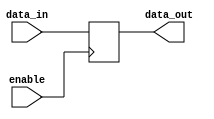
module io_block_non_inverting_buffer (
    input wire data_in,
    input wire enable,
    output reg data_out
);

always @ (posedge enable) begin
    if (enable) begin
        data_out <= data_in;
    end
    else begin
        data_out <= 1'bz;
    end
end

endmodule